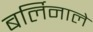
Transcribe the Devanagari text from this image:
बर्लिनाले